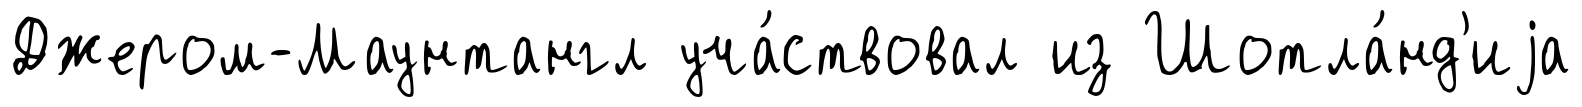
Джером-Маунтангл уча́ствовал из Шотла́нд'иjа